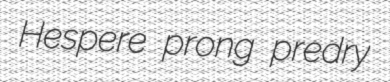
Hespere prong predry